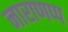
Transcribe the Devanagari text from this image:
नाराणप्प